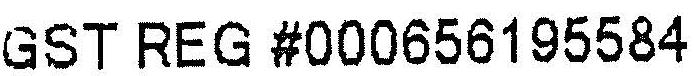
GST REG #000656195584